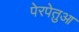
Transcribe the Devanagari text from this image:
पेरपेतुआ